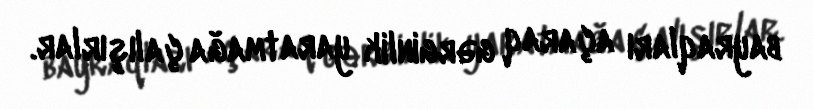
bayraqları açaraq gərginlik yaratmağa çalışırlar.